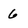
Character: 6